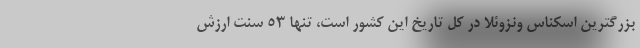
بزرگترین اسکناس ونزوئلا در کل تاریخ این کشور است، تنها 53 سنت ارزش